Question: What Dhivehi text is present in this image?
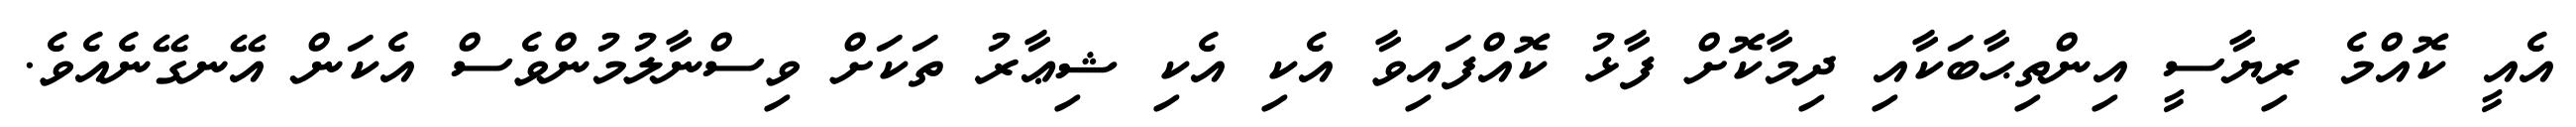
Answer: އެއީ ކޮއްމެ ރިޔާސީ އިންތިޙާބަކާއި ދިމާކޮށް ފާޅު ކޮއްފައިވާ އެކި އެކި ޝިޢާރު ތަކަށް ވިސްނާލުމުންވެސް އެކަން އޭނގޭނެއެވެ.